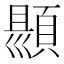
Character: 𮨑